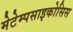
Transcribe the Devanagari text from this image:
मेटेम्पसाइकोसिस